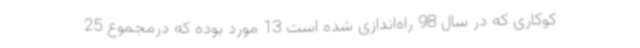
کوکاری که در سال 98 راه‌اندازی شده است 13 مورد بوده که درمجموع 25